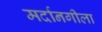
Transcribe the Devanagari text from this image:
मर्दानगीला